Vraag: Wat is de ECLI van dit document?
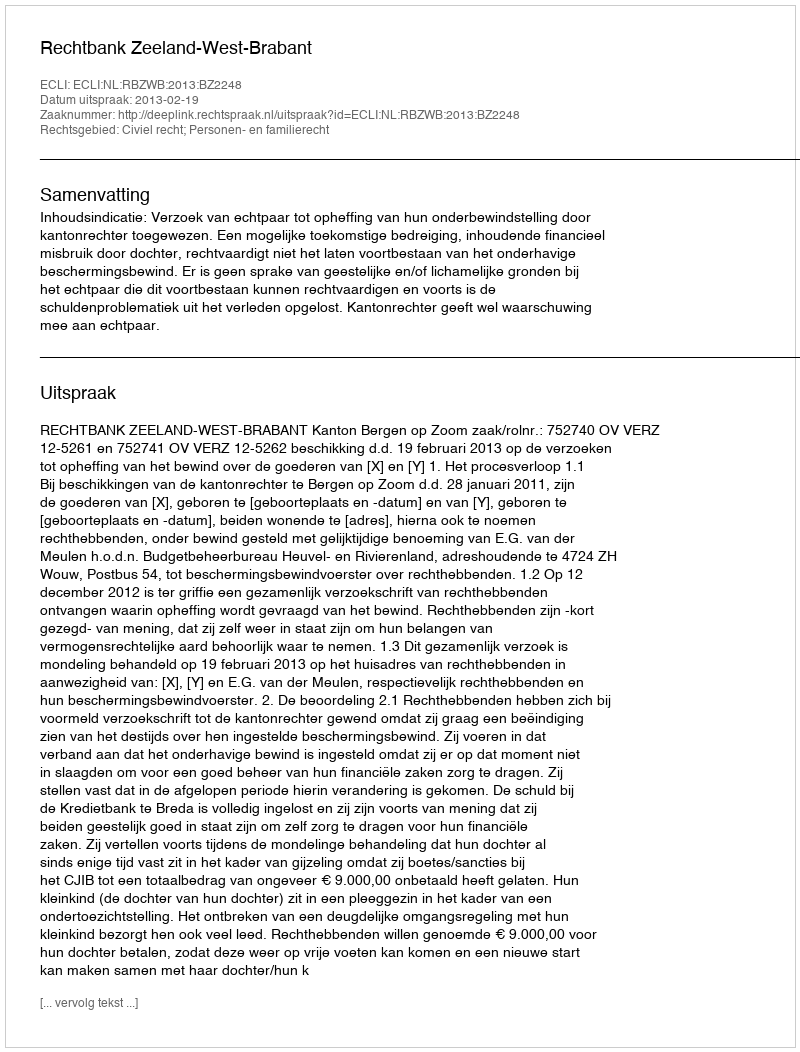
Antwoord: ECLI:NL:RBZWB:2013:BZ2248